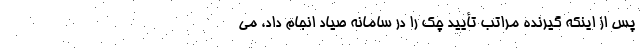
پس از اینکه گیرنده مراتب تأیید چک را در سامانه صیاد انجام داد، می